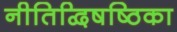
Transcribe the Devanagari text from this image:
नीतिद्विषष्ठिका